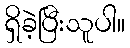
ရှိခဲ့ပြီးသူပါ။